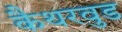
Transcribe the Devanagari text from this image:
कैथरवुड